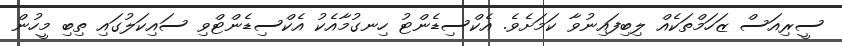
ސީރިއަސް ޒަހަމްތަކެއް ލިބިފައިނުވާ ކަމަށެވެ. އެކްސިޑެންޓު ހިނގުމާއެކު އެކްސިޑެންޓްވި ސައިކަލުގައި ތިބި މީހުން